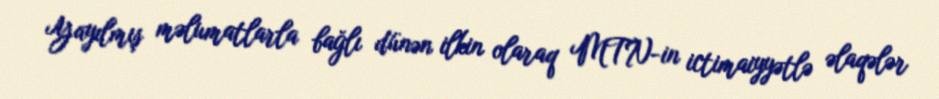
Yayılmış məlumatlarla bağlı dünən ilkin olaraq MTN-in ictimaiyyətlə əlaqələr